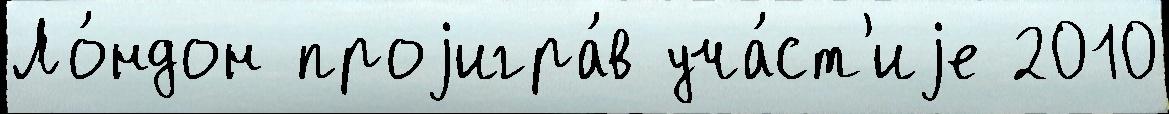
Ло́ндон проjигра́в уча́ст'иjе 2010